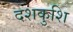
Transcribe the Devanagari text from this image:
दशकुशि